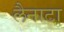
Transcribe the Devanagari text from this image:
लैनाटा